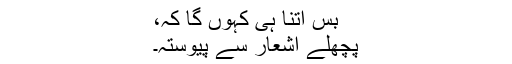
بس اتنا ہی کہوں گا کہ،
پچھلے اشعار سے پیوستہ۔